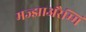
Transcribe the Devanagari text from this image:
मज्झाअरैम्मि